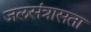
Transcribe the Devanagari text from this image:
जलसंत्रासता